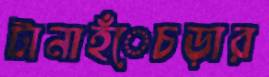
টানাহঁেচড়ার